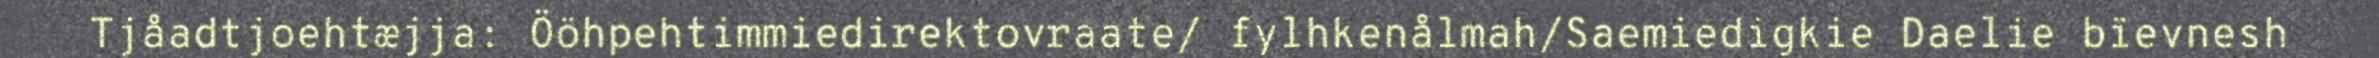
Tjåadtjoehtæjja: Ööhpehtimmiedirektovraate/ fylhkenålmah/Saemiedigkie Daelie bïevnesh